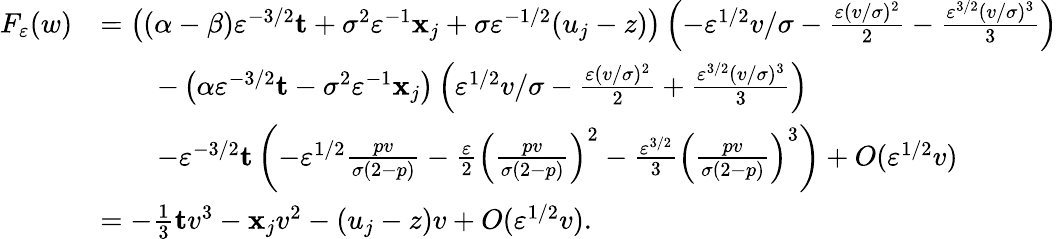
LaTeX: \begin{array}{rl}{F_{\varepsilon}(w)}&{=\left((\alpha-\beta)\varepsilon^{-3/2}\mathbf{t}+\sigma^{2}\varepsilon^{-1}\mathbf{x}_{j}+\sigma\varepsilon^{-1/2}(u_{j}-z)\right)\left(-\varepsilon^{1/2}v/\sigma-\frac{\varepsilon(v/\sigma)^{2}}{2}-\frac{\varepsilon^{3/2}(v/\sigma)^{3}}{3}\right)}\\ &{\qquad-\left(\alpha\varepsilon^{-3/2}\mathbf{t}-\sigma^{2}\varepsilon^{-1}\mathbf{x}_{j}\right)\left(\varepsilon^{1/2}v/\sigma-\frac{\varepsilon(v/\sigma)^{2}}{2}+\frac{\varepsilon^{3/2}(v/\sigma)^{3}}{3}\right)}\\ &{\qquad-\varepsilon^{-3/2}\mathbf{t}\left(-\varepsilon^{1/2}\frac{pv}{\sigma(2-p)}-\frac{\varepsilon}{2}\left(\frac{pv}{\sigma(2-p)}\right)^{2}-\frac{\varepsilon^{3/2}}{3}\left(\frac{pv}{\sigma(2-p)}\right)^{3}\right)+O(\varepsilon^{1/2}v)}\\ &{=-\frac{1}{3}\mathbf{t}v^{3}-\mathbf{x}_{j}v^{2}-(u_{j}-z)v+O(\varepsilon^{1/2}v).}\end{array}